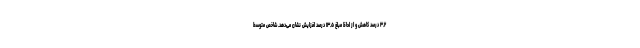
۳.۲ درصد کاهش و از لحاظ مبلغ ۱۳.۵ درصد افزایش نشان می‌دهد. شاخص متوسط